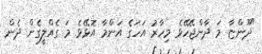
"ދޫންޏާ މަ ދާންޖޭހޭޅެ މިހާރު އަހަގެ އަންމާ އޮޅޭޅެ މަ ގެއްލީގެން ދެން